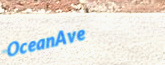
OceanAve